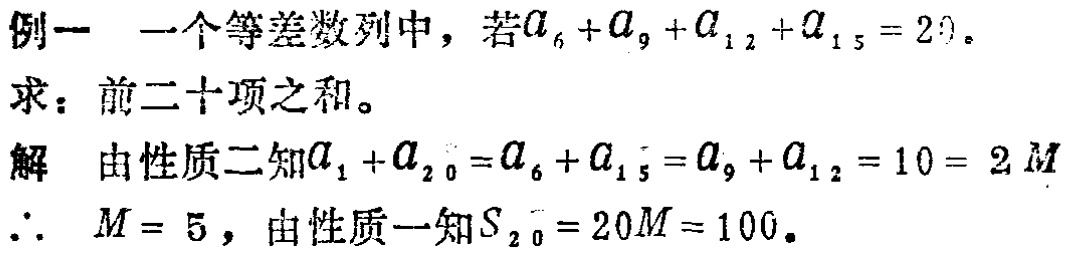
例一 一个等差数列中，若\(a_{6}+a_{9}+a_{12}+a_{15}=20\)。

求：前二十项之和。

解 由性质二知\(a_{1}+a_{20}=a_{6}+a_{15}=a_{9}+a_{12}=10 = 2M\)

\(\therefore M = 5\)，由性质一知\(S_{20}=20M = 100\)。